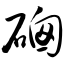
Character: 硇